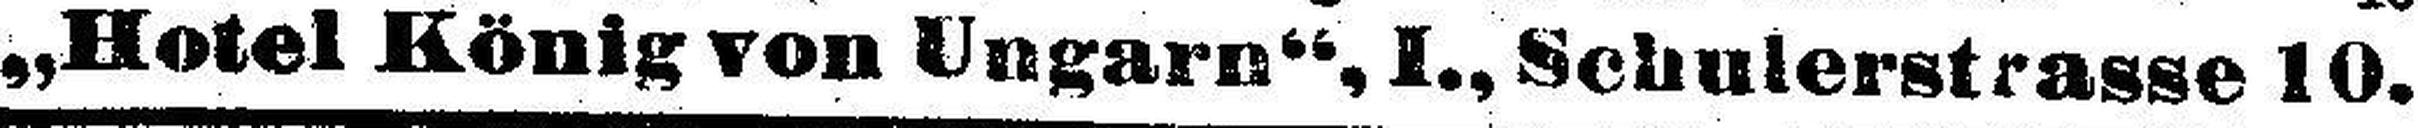
„Hotel König von Ungarn“, I., Schulerstrasse 10.